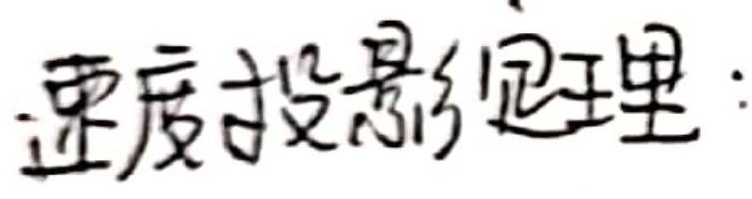
速度投影定理：